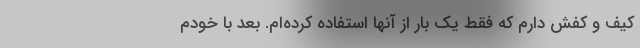
کیف و کفش دارم که فقط یک بار از آنها استفاده کرده‌ام. بعد با خودم